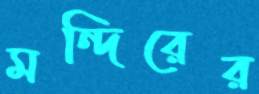
মন্দিরের